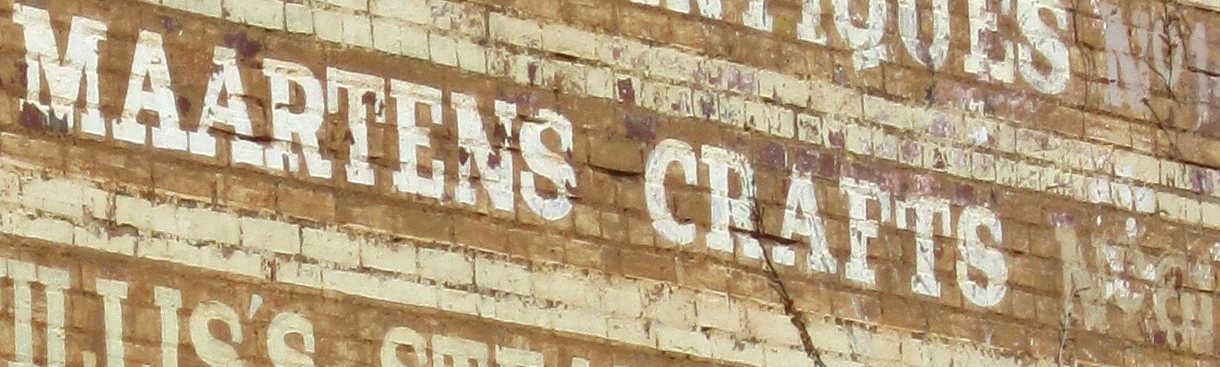
MAARTENS CRAFTS NO